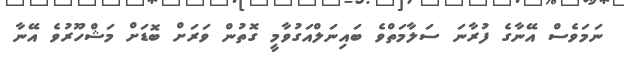
ނަމަވެސް އޭނާގެ ފުރާނަ ސަލާމަތްވެ ބައިނަލްއަގުވާމީ ގޮތުން ވަރަށް ބޮޑަށް މަޝްހޫރުވެ އޭނާ